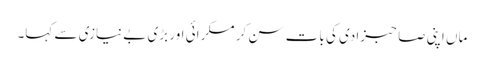
ماں اپنی صاحبزادی کی بات سن کر مسکرائی اور بڑی بے نیازی سے کہا۔